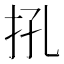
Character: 𢪬